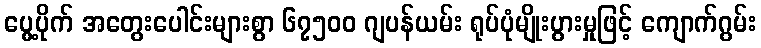
ပွေ့ပိုက် အတွေးပေါင်းများစွာ ၆၇၅၀၀ ဂျပန်ယမ်း ရုပ်ပုံမျိုးပွားမှုဖြင့် ကျောက်ဂွမ်း